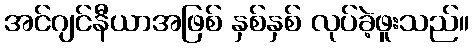
အင်ဂျင်နီယာအဖြစ် နှစ်နှစ် လုပ်ခဲ့ဖူးသည်။